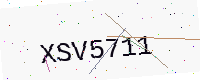
Text: XSV5711